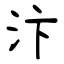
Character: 汴